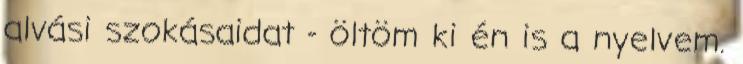
alvási szokásaidat - öltöm ki én is a nyelvem.